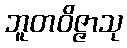
ဘူတဝိဇ္ဇာသု